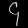
Digit: ၄